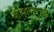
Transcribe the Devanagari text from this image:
कोशलराज